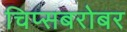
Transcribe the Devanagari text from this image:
चिप्सबरोबर